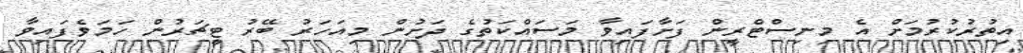
އިތުރުކުރުމަށް އެ މިނިސްޓްރީން ފަށާފައިވާ މަސައްކަތުގެ ދަށުން މިއަހަރު ބޭރު ޓީޗަރުން ހަމަވެފައިވާ